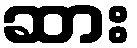
ဆား